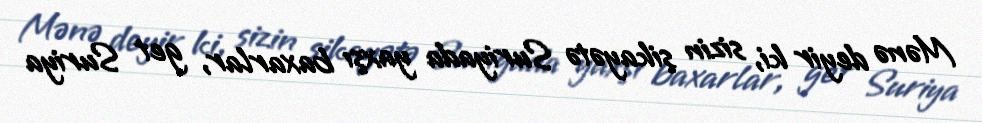
Mənə deyir ki, sizin şikayətə Suriyada yaxşı baxarlar, get Suriya